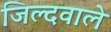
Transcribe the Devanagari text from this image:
जिल्दवाले